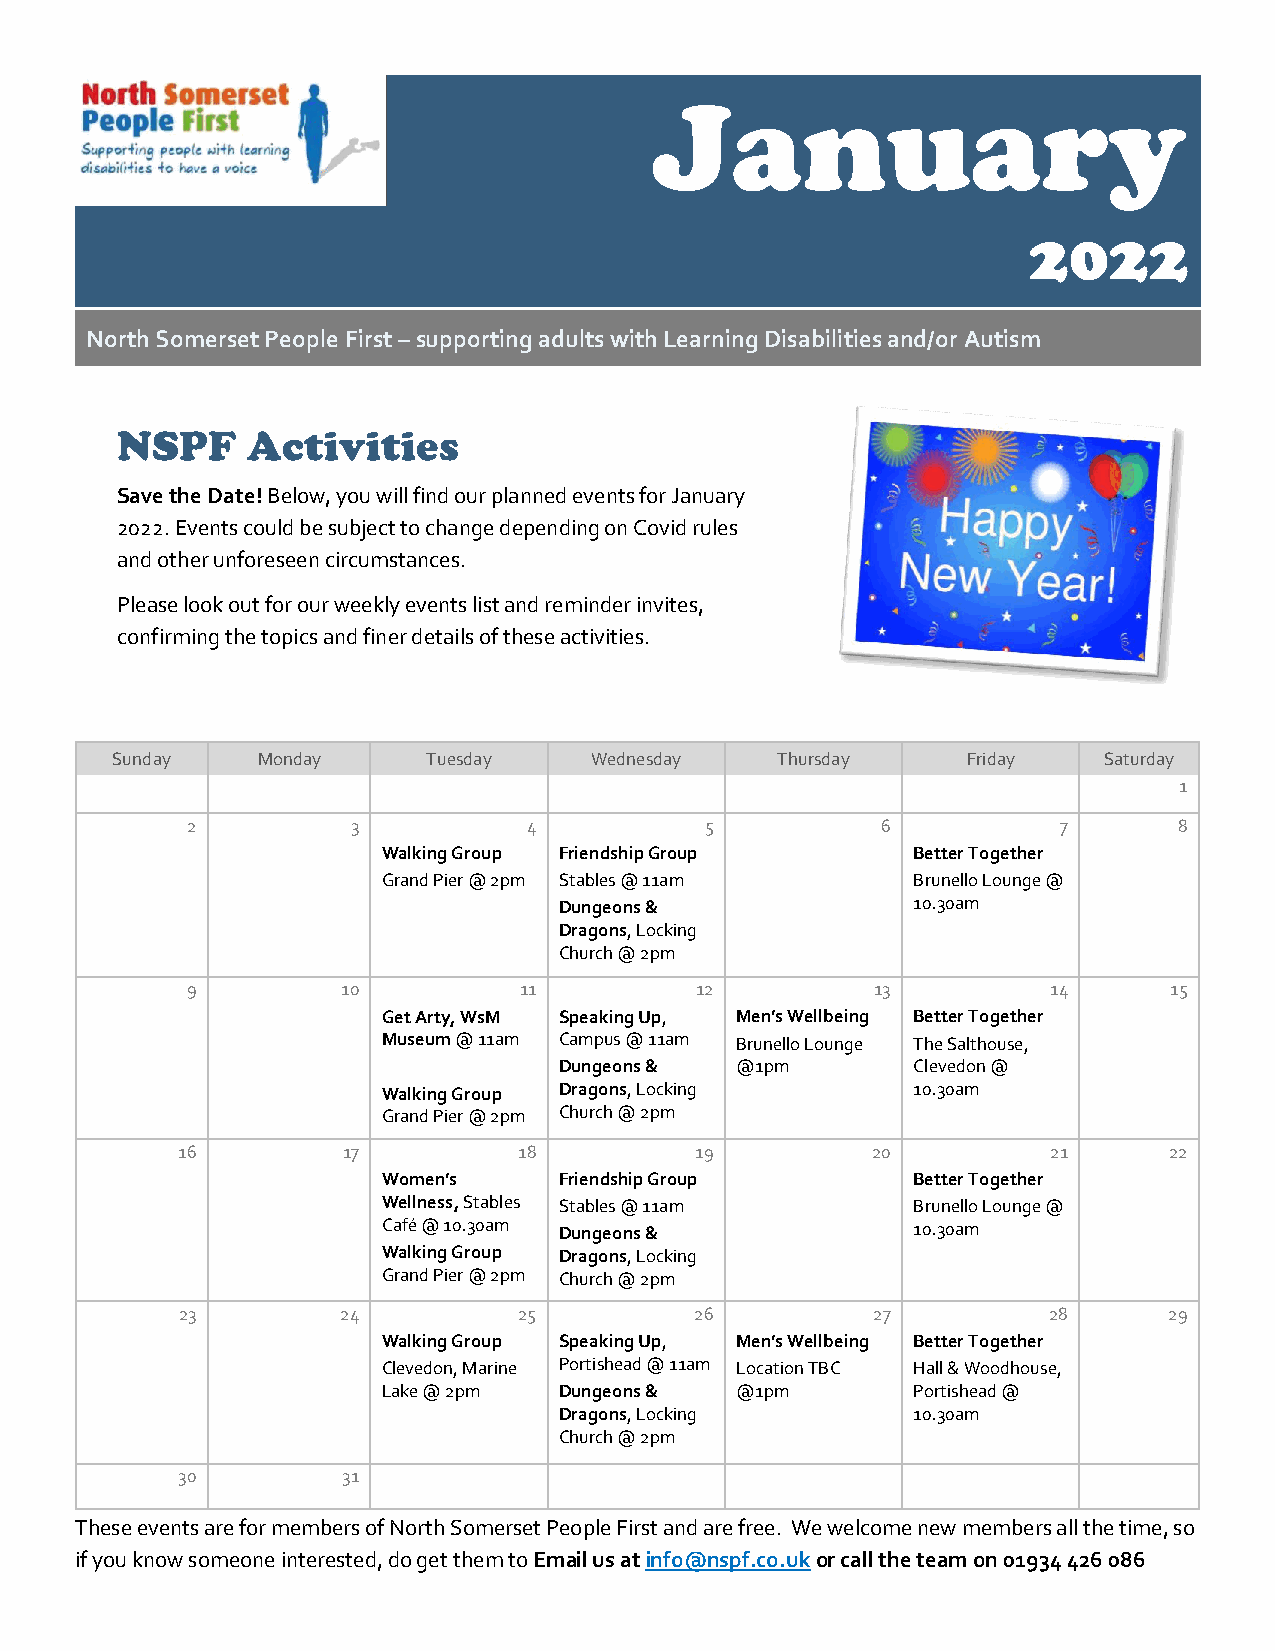
January
 2022
 North Somerset People First – supporting adults with Learning Disabilities and/or Autism
 NSPF    Activities
 Save the Date! Below, you will find our planned events for January
 2022. Events could be subject to change depending on Covid rules
 and other unforeseen circumstances.
 Please look out for our weekly events list and reminder invites,
 confirming the topics and finer details of these activities.
 Sunday    Monday     Tuesday    Wednesday   Thursday     Friday   Saturday
 1
 2          3           4           5          6           7       8
 Walking Group Friendship Group     Better Together
 Grand Pier @ 2pm Stables @ 11am    Brunello Lounge @
 Dungeons &             10.30am
 Dragons, Locking
 Church @ 2pm
 9          10         11          12          13          14     15
 Get Arty, WsM Speaking Up, Men’s Wellbeing Better Together
 Museum @ 11am Campus @ 11am Brunello Lounge The Salthouse,
 Dungeons &  @1pm       Clevedon @
 Walking Group Dragons, Locking     10.30am
 Grand Pier @ 2pm Church @ 2pm
 16         17         18          19          20          21     22
 Women’s     Friendship Group       Better Together
 Wellness, Stables Stables @ 11am   Brunello Lounge @
 Café @ 10.30am Dungeons &          10.30am
 Walking Group Dragons, Locking
 Grand Pier @ 2pm Church @ 2pm
 23         24         25          26          27         28      29
 Walking Group Speaking Up, Men’s Wellbeing Better Together
 Clevedon, Marine Portishead @ 11am Location TBC Hall & Woodhouse,
 Lake @ 2pm  Dungeons &  @1pm       Portishead @
 Dragons, Locking       10.30am
 Church @ 2pm
 30         31
 These events are for members of North Somerset People First and are free. We welcome new members all the time, so
 if you know someone interested, do get them to Email us at info@nspf.co.uk or call the team on 01934 426 086